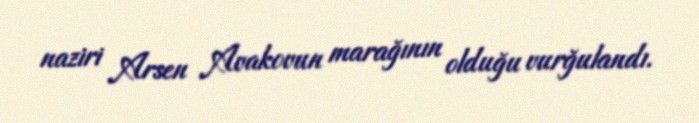
naziri Arsen Avakovun marağının olduğu vurğulandı.